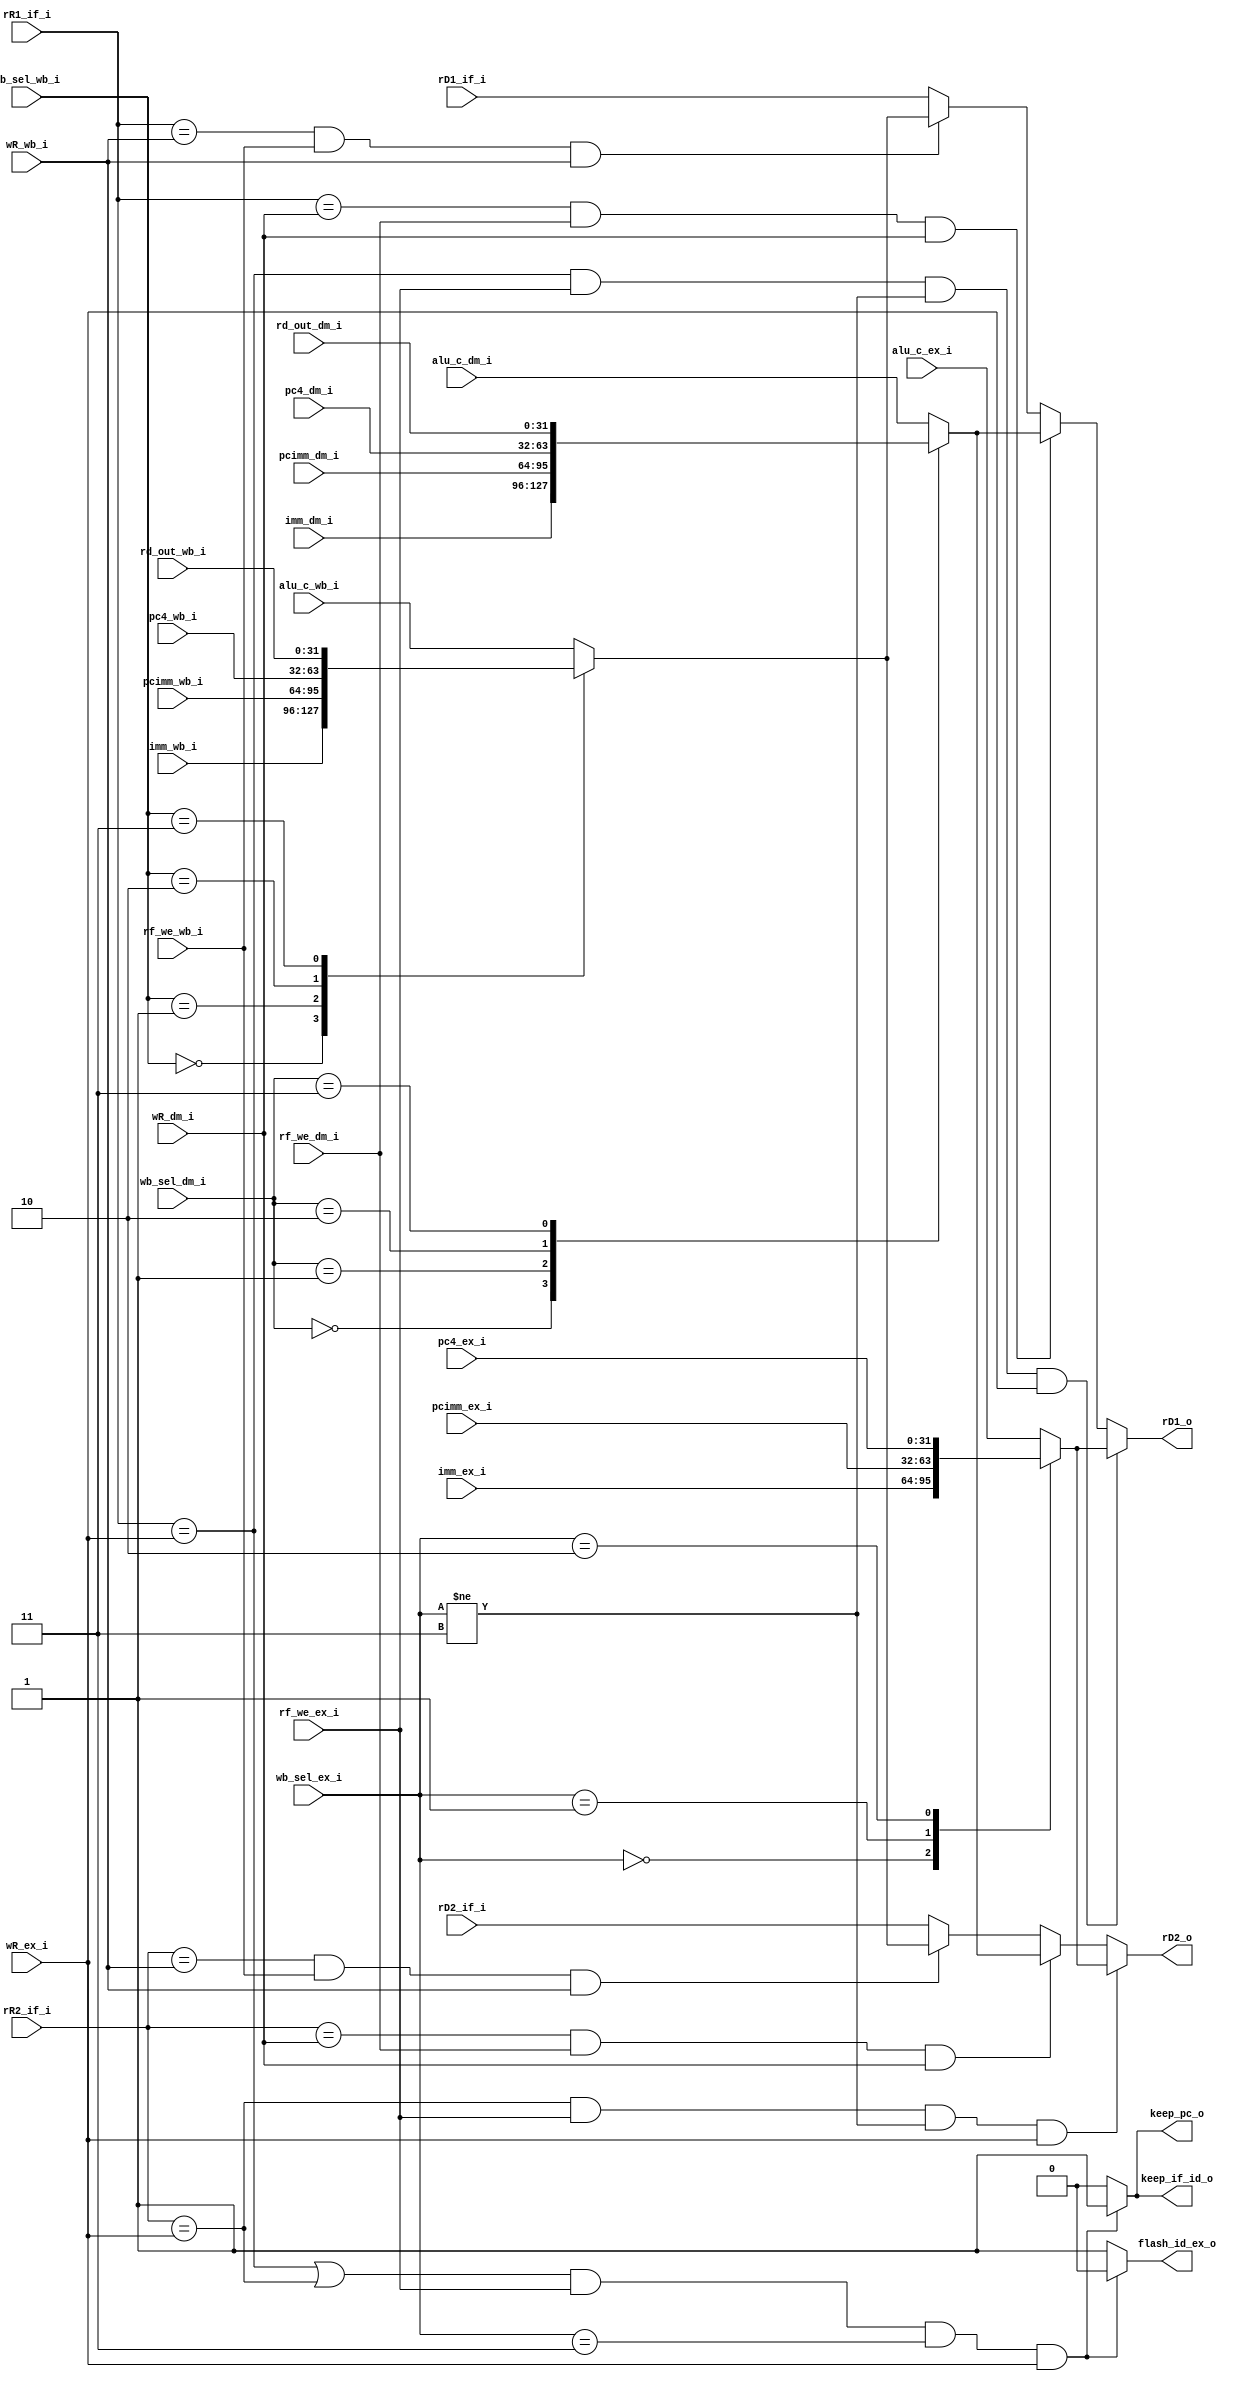
module forward(
// ex 
input               rf_we_ex_i,     // ex  rf
input       [2 :0]  wb_sel_ex_i,    // ex 
input       [4 :0]  wR_ex_i,        // ex 
input       [31:0]  imm_ex_i,
input       [31:0]  pcimm_ex_i,
input       [31:0]  pc4_ex_i,
input       [31:0]  alu_c_ex_i,
// dm 
input               rf_we_dm_i,     // dm  rf
input       [2 :0]  wb_sel_dm_i,    // dm 
input       [4 :0]  wR_dm_i,        // dm 
input       [31:0]  imm_dm_i,       
input       [31:0]  pcimm_dm_i,
input       [31:0]  pc4_dm_i,
input       [31:0]  rd_out_dm_i,
input       [31:0]  alu_c_dm_i,
// wb 
input               rf_we_wb_i,
input       [2 :0]  wb_sel_wb_i,
input       [4 :0]  wR_wb_i,
input       [31:0]  imm_wb_i,
input       [31:0]  pcimm_wb_i,
input       [31:0]  pc4_wb_i,
input       [31:0]  rd_out_wb_i,
input       [31:0]  alu_c_wb_i,

input       [4 :0]  rR1_if_i,       // 
input       [4 :0]  rR2_if_i,
input       [31:0]  rD1_if_i,       // 
input       [31:0]  rD2_if_i,
output  reg         flash_id_ex_o,
output  reg         keep_pc_o,
output  reg         keep_if_id_o,
output  reg [31:0]  rD1_o,
output  reg [31:0]  rD2_o
    );

reg [31:0]  ex_rd;
reg [31:0]  dm_rd;
reg [31:0]  wb_rd;

//  ex 
always@(*) begin
    case(wb_sel_ex_i)
    3'd0: ex_rd = imm_ex_i;
    3'd1: ex_rd = pcimm_ex_i;
    3'd2: ex_rd = pc4_ex_i;
    default: ex_rd = alu_c_ex_i;
    endcase
end

//  dm 
always@(*) begin
    case(wb_sel_dm_i)
    3'd0: dm_rd = imm_dm_i;
    3'd1: dm_rd = pcimm_dm_i;
    3'd2: dm_rd = pc4_dm_i;
    3'd3: dm_rd = rd_out_dm_i;
    default: dm_rd = alu_c_dm_i;
    endcase
end

//  rd 
always@(*) begin
    case(wb_sel_wb_i)
    3'd0: wb_rd = imm_wb_i;
    3'd1: wb_rd = pcimm_wb_i;
    3'd2: wb_rd = pc4_wb_i;
    3'd3: wb_rd = rd_out_wb_i;
    default: wb_rd = alu_c_wb_i;
    endcase
end

always@(*) begin
    if (rR1_if_i == wR_ex_i && rf_we_ex_i && wb_sel_ex_i != 3'b011 && wR_ex_i)
        rD1_o = ex_rd;
    else if (rR1_if_i == wR_dm_i && rf_we_dm_i && wR_dm_i)
        rD1_o = dm_rd;
    else if (rR1_if_i == wR_wb_i && rf_we_wb_i && wR_wb_i)
        rD1_o = wb_rd;
    else rD1_o = rD1_if_i;
end

always@(*) begin
    if (rR2_if_i == wR_ex_i && rf_we_ex_i && wb_sel_ex_i != 3'b011 && wR_ex_i)
        rD2_o = ex_rd;
    else if (rR2_if_i == wR_dm_i && rf_we_dm_i && wR_dm_i)
        rD2_o = dm_rd;
    else if (rR2_if_i == wR_wb_i && rf_we_wb_i && wR_wb_i)
        rD2_o = wb_rd;
    else rD2_o = rD2_if_i;
end


always@(*) begin
    if ((rR1_if_i == wR_ex_i || rR2_if_i == wR_ex_i) && rf_we_ex_i && wb_sel_ex_i == 3'b011 && wR_ex_i) begin   
        flash_id_ex_o = 1'b0;
        keep_pc_o = 1'b1;
        keep_if_id_o = 1'b1;
    end
    else begin
        flash_id_ex_o = 1'b1;
        keep_pc_o = 1'b0;
        keep_if_id_o = 1'b0;
    end
end


endmodule